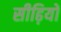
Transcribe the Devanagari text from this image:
सीढ़ियों